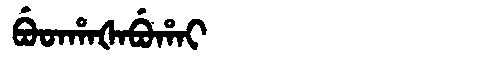
Manchu: ᠪᡠᡨᡥᠠᡧᠠᠪᡠᡥᠠᡳ
Romanization: BUTHAŠABUHAI